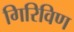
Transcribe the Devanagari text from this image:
गिरिविण